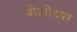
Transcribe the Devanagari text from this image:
गेमोक्स